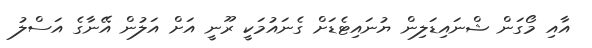
އާއި މޯގަން ޝްނައިޑަލިން ޔުނައިޓެޑަށް ގެނައުމަކީ ރޫނީ އަށް އަލުން އޭނާގެ އަސްލު